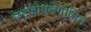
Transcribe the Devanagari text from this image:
बेन्जोयलेगोनिन